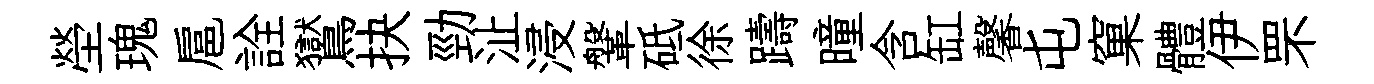
塋瑰扈詮鸑抉勁沚浸鞶砥徐躊曈含缸馨屯窠體伊罘